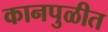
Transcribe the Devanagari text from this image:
कानपुळीत